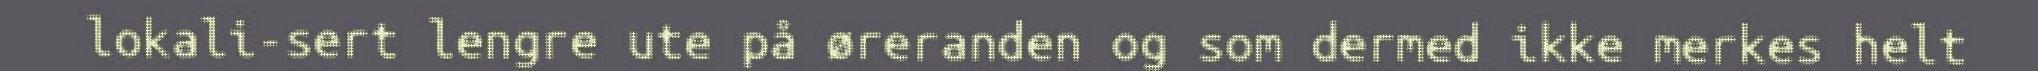
lokali-sert lengre ute på øreranden og som dermed ikke merkes helt